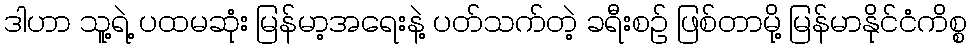
ဒါဟာ သူ့ရဲ့ ပထမဆုံး မြန်မာ့အရေးနဲ့ ပတ်သက်တဲ့ ခရီးစဉ် ဖြစ်တာမို့ မြန်မာနိုင်ငံကိစ္စ